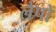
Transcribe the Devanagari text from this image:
लैपों